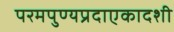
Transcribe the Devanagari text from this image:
परमपुण्यप्रदाएकादशी